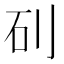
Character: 矵